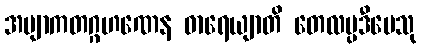
အဗျာကတဂ္ဂဟဏေန ဓာရေယျာတိ တေလပ္ပဒီပေသု